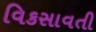
વિકસાવતી